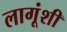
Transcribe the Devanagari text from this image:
लागूंशी